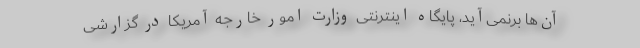
آن‌ها برنمی‌آید، پایگاه اینترنتی وزارت امور خارجه آمریکا در گزارشی